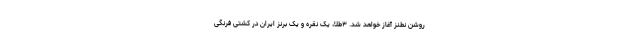
روشن نطنز آغاز خواهد شد. ۳طلا، یک نقره و یک برنز ایران در کشتی فرنگی